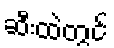
ဆီးထဲတွင်